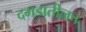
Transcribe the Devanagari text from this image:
दगडातीलच